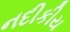
નદીકીય